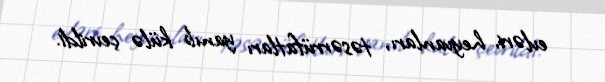
evləri, heyvanları, təsərrüfatları yanıb külə çevrildi.